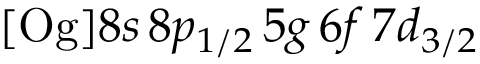
[ \mathrm { O g } ] 8 s \, 8 p _ { 1 / 2 } \, 5 g \, 6 f \, 7 d _ { 3 / 2 }